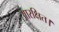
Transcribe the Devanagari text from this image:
आरक्षित।